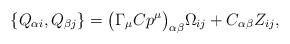
LaTeX: \begin{align*}\{Q_{\alpha i},Q_{\beta j}\}= \bigl( \Gamma_\mu C p^\mu\bigr)_{\alpha\beta}\Omega_{ij} +C_{\alpha\beta}Z_{ij},\end{align*}